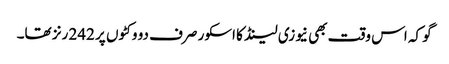
گو کہ اس وقت بھی نیوزی لینڈ کا اسکور صرف دو وکٹوں پر 242 رنز تھا۔